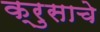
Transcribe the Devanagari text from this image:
क्रुसाचे